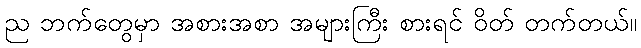
ည ဘက်တွေမှာ အစားအစာ အများကြီး စားရင် ဝိတ် တက်တယ်။